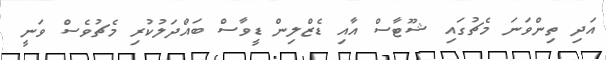
އަދި ތިންވަނަ މެޗުގައި ޝޫޓާސް އާއި ޑެޒްލިން ޑީވާސް ބައްދަލުކުރި މެޗުވެސް ވަނީ